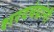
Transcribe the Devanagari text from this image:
शरदचंद्रांनी